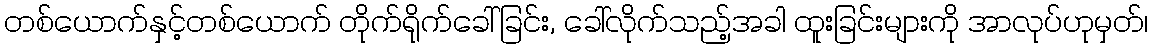
တစ်ယောက်နှင့်တစ်ယောက် တိုက်ရိုက်ခေါ်ခြင်း, ခေါ်လိုက်သည့်အခါ ထူးခြင်းများကို အာလုပ်ဟုမှတ်၊